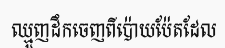
ឈ្មួញដឹកចេញពីប៉ោយប៉ែតដែល